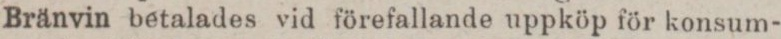
Bränvin betalades vid förefallande uppköp för konsum-